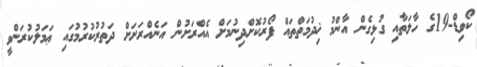
ކޯވިޑް-19ގެ ހާލަތާއި ގުޅިގެން އާންމު ޚިދުމަތްތައް ފޯރުކޮށްދިނުމަށް އެއްރަށުން އަނެއްރަށަށް ދަތުރުކުރުމުގައި ޢަމަލުކުރަންވީ